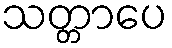
သတ္တာပေ